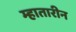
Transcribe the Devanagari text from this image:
म्हातारीन